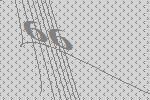
66